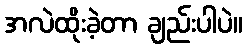
အလဲထိုးခဲ့တာ ချည်းပါပဲ။